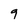
Character: 9